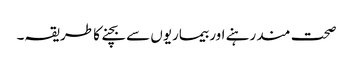
صحت مند رہنے اور بیماریوں سے بچنے کا طریقہ۔